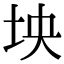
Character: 坱